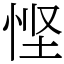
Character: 悭